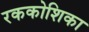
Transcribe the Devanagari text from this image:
रककोशिका